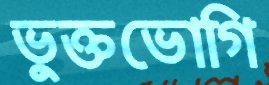
ভুক্তভোগি